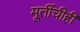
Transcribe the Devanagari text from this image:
मूर्तीचीही